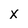
Character: X